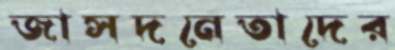
জাসদনেতাদের